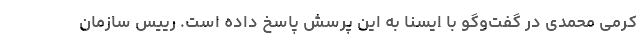
کرمی محمدی در گفت‌وگو با ایسنا به این پرسش پاسخ داده است. رییس سازمان